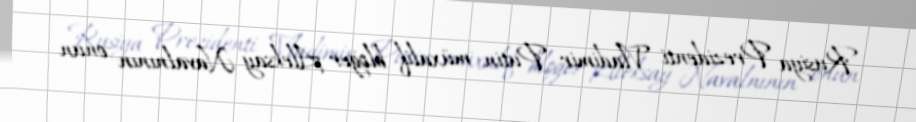
Rusiya Prezidenti Vladimir Putin müxalif bloger Aleksay Navalnının onun